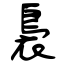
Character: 裊